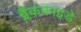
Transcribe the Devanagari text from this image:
ब्लैकफ्राइडे